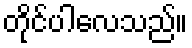
တိုင်ပါလေသည်။